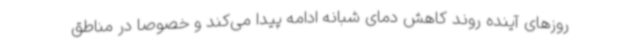
روزهای آینده روند کاهش دمای شبانه ادامه پیدا می‌کند و خصوصا در مناطق